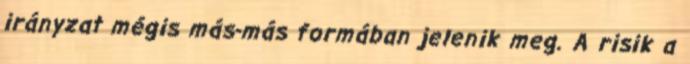
irányzat mégis más-más formában jelenik meg. A risik a